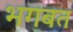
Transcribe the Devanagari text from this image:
भगबत